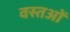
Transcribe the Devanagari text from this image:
वस्‍तओं